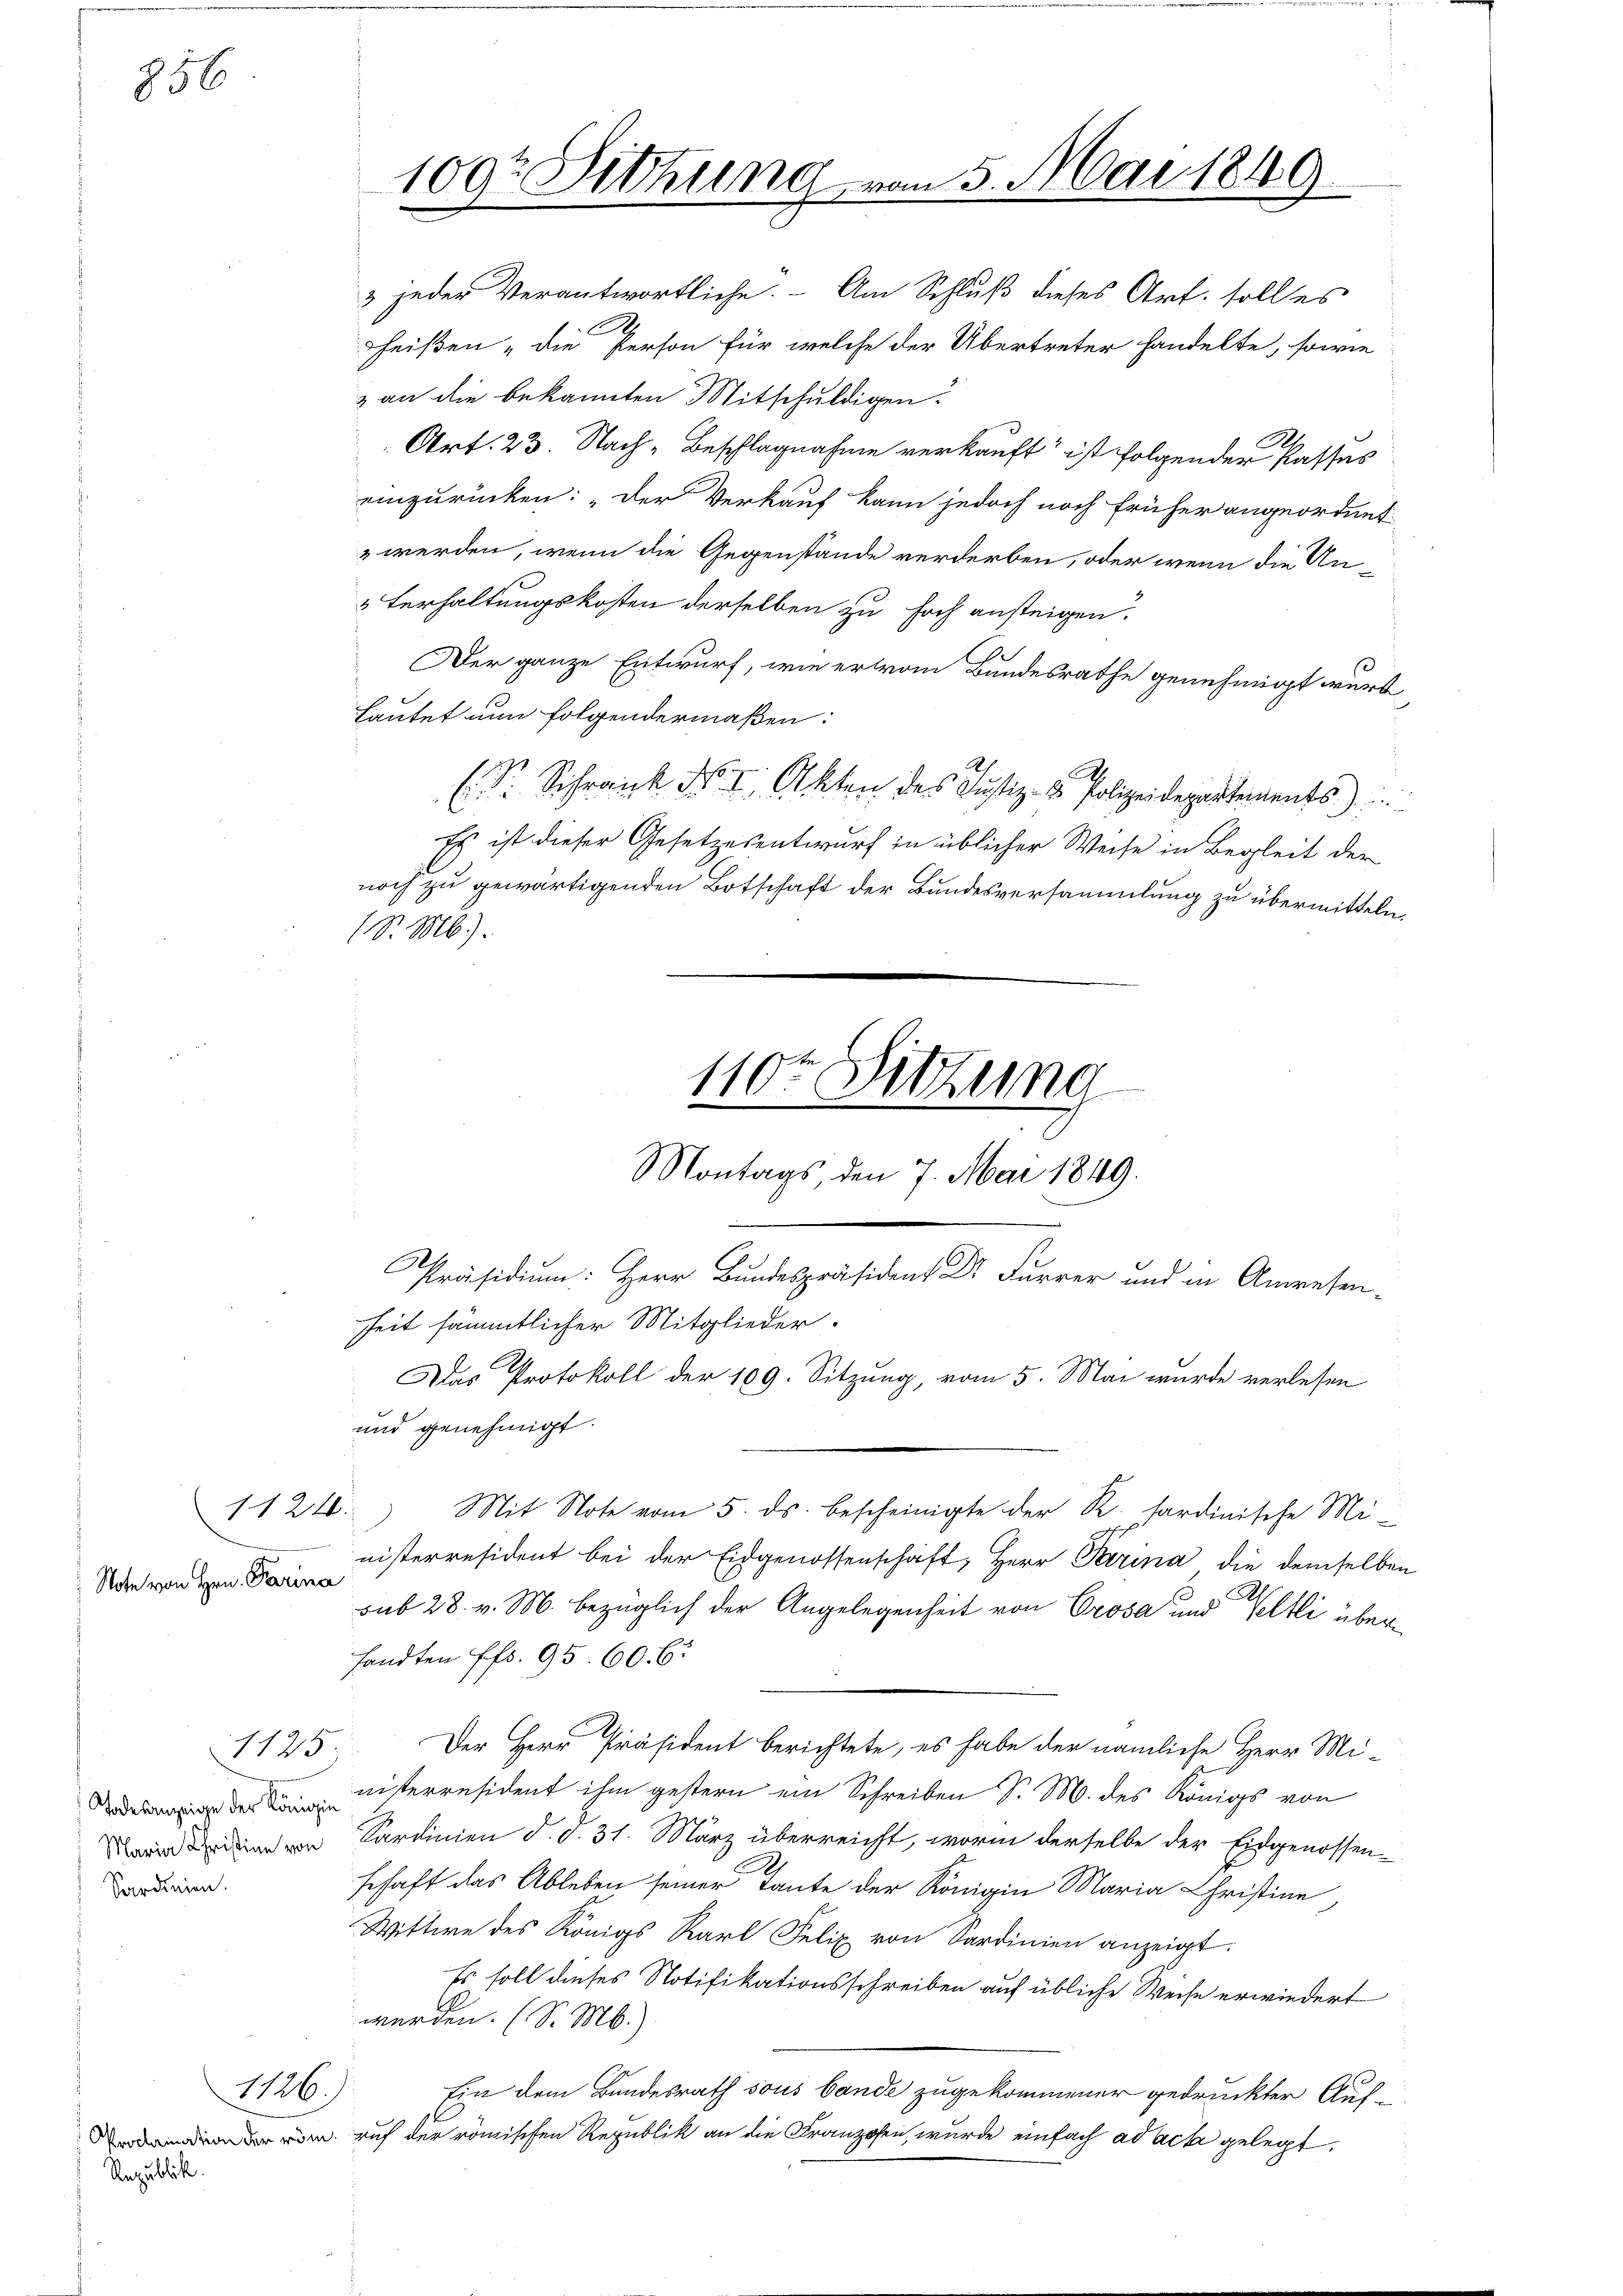
856

Note von Hrn. Parina

1125.

Art. 23. Nach Beschlagnahme verkauft ist folgender Kasses
einzurücken: „Der Verkauf kann jedoch noch früher angeordnet
 werden, wenn die Gegenstände verderben, oder wenn die An¬
 Verhaltungskosten derselben zu hoch ansteigen.
Der ganze Entwurf, wie er vom Bundesrathe genehmigt wurde,
Lautet nun folgendermaßen:
E S. Schrank No. I. Akten des Justiz- & Polizeidepartements)
Es ist dieser Gesetzesentwurf in üblicher Weise in Begleit der
noch zu gewärtigenden Botschaft der Bundesversammlung zu übermitteln,
(S. M.).

.
Zeit sämmtlicher Mitglieder.
und genehmigt.
1124.) Mit Note vom 5. ds. bescheinigte der R. tardinische Mi-
nisterresident bei der Eidgenossenschaft, Herr Parina die demselben
sub 28. v. M. bezüglich der Angelegenheit von Crosa und Veltli übersandten Pfr. 95. 60. 6.
Der Herr Präsident berichtete, es habe der nämliche Herr Mi¬
Denisterresident ihm gestern ein Schreiben S. M. des Königs von
din von Sardinien d. d. 31. März überreicht, worin derselbe der Eidgenossen-
schaft das Ableben seiner Tante der Königin Maria Christine,
Wittwe des Königs Karl Felix von Sardinien anzeigt.
Es soll dieses Notifikationsschreiben auf übliche Weise erwiedert
werden. (S. M.).
Ein dem Bundesrath sous bande zugekommener gedruckter Auf-
 der röm. auf der römischen Republik an die Franzosen, wurde einfach ad acta gelegt,

Sardinien.

Rezublick.

1126.

109r Sitzung

2 jeder Verantwortliche. - Am Schluß dieses Art. solles
2
heißen „die Person für welche der Übertreter handelte, sowie
& an die bekannten Mitschuldigen.

110ten Sitzung
Montags, den 7. Mai 1849.

Präsidium. Herr Bundespräsident Dr Furrer und in Anwesen-
Das Protokoll der 109. Sitzung, vom 5. Mai wurde verlesen
e
rezen.

n 5. Mai 1849